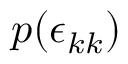
p ( \epsilon _ { k k } )